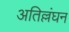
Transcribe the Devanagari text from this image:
अतिल्लंघन